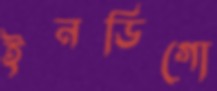
ইনডিগো